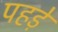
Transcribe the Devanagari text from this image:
पहड़े